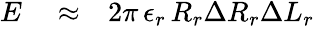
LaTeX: \begin{array}{rlr}{E}&{{}\approx}&{2\pi\, \epsilon_{r}\, R_{r}\Delta R_{r}\Delta L_{r}}\end{array}